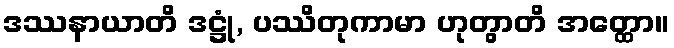
ဒဿနာယာတိ ဒဋ္ဌုံ, ပဿိတုကာမာ ဟုတွာတိ အတ္ထော။